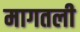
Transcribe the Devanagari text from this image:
मागतली